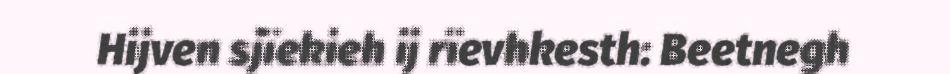
Hijven sjïekieh ij rïevhkesth: Beetnegh